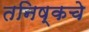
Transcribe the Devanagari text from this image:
तनिष्कचे